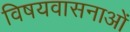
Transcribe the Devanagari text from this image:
विषयवासनाओं